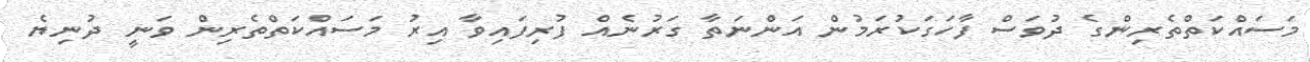
މަސައްކަތްތެރިންގެ ދުވަސް ފާހަގަކުރަމުން އަންނަތާ ގަރުނެއް ފުރިފައިވާ އިރު މަސައްކަތްތެރިން ވަނީ ދުނިޔެ